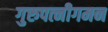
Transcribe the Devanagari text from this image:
गुरुपत्नीगमन